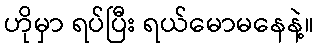
ဟိုမှာ ရပ်ပြီး ရယ်မောမနေနဲ့။